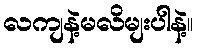
လကျနဲ့မလိမျးပါနဲ့။